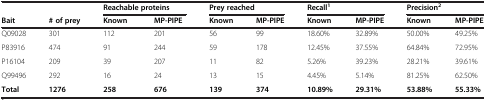
| <COLSPAN=2>  | <COLSPAN=2> Reachable proteins | <COLSPAN=2> Prey reached | <COLSPAN=2> Recall1 | <COLSPAN=2> Precision2 |
 | Bait | # of prey | Known | MP-PIPE | Known | MP-PIPE | Known | MP-PIPE | Known | MP-PIPE |
 | --- | --- | --- | --- | --- | --- | --- | --- | --- | --- |
 | Q09028 | 301 | 112 | 201 | 56 | 99 | 18.60% | 32.89% | 50.00% | 49.25% |
 | P83916 | 474 | 91 | 244 | 59 | 178 | 12.45% | 37.55% | 64.84% | 72.95% |
 | P16104 | 209 | 39 | 207 | 11 | 82 | 5.26% | 39.23% | 28.21% | 39.61% |
 | Q99496 | 292 | 16 | 24 | 13 | 15 | 4.45% | 5.14% | 81.25% | 62.50% |
 | Total | 1276 | 258 | 676 | 139 | 374 | 10.89% | 29.31% | 53.88% | 55.33% |